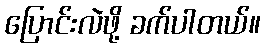
ပြောင်းလဲဖို့ ခက်ပါတယ်။